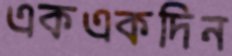
একএকদিন